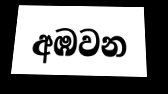
අඹවන